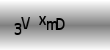
Text: 3VxmD